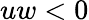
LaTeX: uw<0